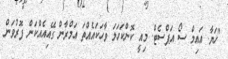
"ހަޔާ. އައިމް ސޯ އަޕްސެޓް. މިއީ ކޮންކަހަލަ ވާހަކައެއްތަ އަމްރާން ގޭއިއެއްކަން ފޮރުވަން